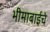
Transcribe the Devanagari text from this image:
भीमाबाईचे